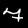
Digit: 7